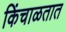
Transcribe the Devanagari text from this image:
किंचाळतात